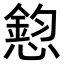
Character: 憌